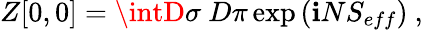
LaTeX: Z[0,0]=\intD\sigma\ D\pi\exp\left(\mathbf{i}NS_{eff}\right)\ ,